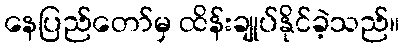
နေပြည်တော်မှ ထိန်းချုပ်နိုင်ခဲ့သည်။